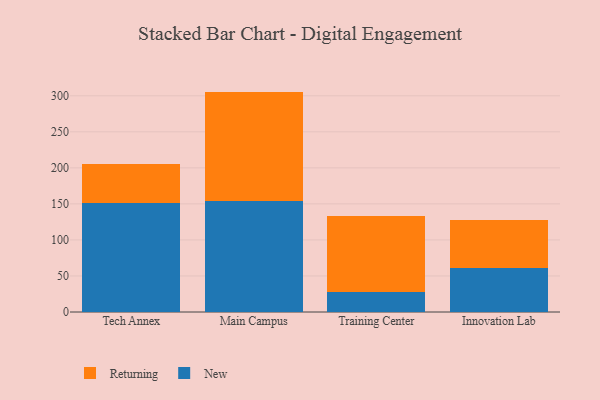
{"axis": {"x": "Campus", "y": "Churn Rate (%)"}, "legend": ["New", "Returning"], "data": [{"x": "Tech Annex", "y": 151.8, "type": "New"}, {"x": "Tech Annex", "y": 52.9, "type": "Returning"}, {"x": "Main Campus", "y": 154.3, "type": "New"}, {"x": "Main Campus", "y": 151.5, "type": "Returning"}, {"x": "Training Center", "y": 27.8, "type": "New"}, {"x": "Training Center", "y": 105.2, "type": "Returning"}, {"x": "Innovation Lab", "y": 61.2, "type": "New"}, {"x": "Innovation Lab", "y": 66.5, "type": "Returning"}]}